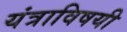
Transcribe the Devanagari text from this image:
यंत्राविषयी